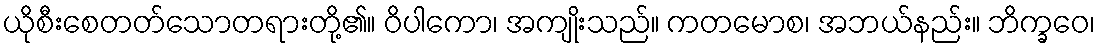
ယိုစီးစေတတ်သောတရားတို့၏။ ဝိပါကော၊ အကျိုးသည်။ ကတမောစ၊ အဘယ်နည်း။ ဘိက္ခဝေ၊